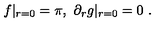
f | _ { r = 0 } = \pi , \ \partial _ { r } g | _ { r = 0 } = 0 \ .